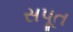
સપૂત